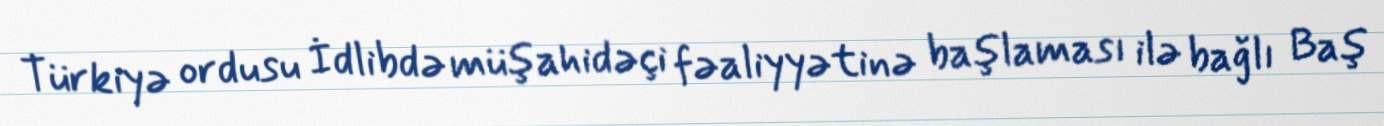
Türkiyə ordusu İdlibdə müşahidəçi fəaliyyətinə başlaması ilə bağlı Baş